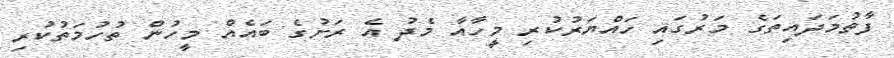
ފާތުމަދައިތަގެ މަރުގައި ހައްޔަރުކުރި މީހާއާ މެދު އެ ރަށުގެ ބައެއް މީހުން ތުހުމަތުކުރި